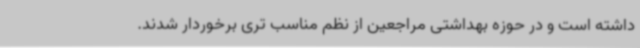
داشته است و در حوزه بهداشتی مراجعین از نظم مناسب تری برخوردار شدند.